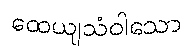
ထေယျသံဝါသော